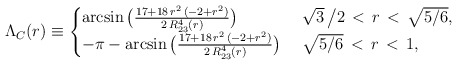
\begin{align*}\Lambda_C(r)\equiv\begin{cases} \arcsin\big(\frac{17 + 18\, r^2\, (-2 + r^2)}{2\, R_{23}^4(r)}\big)\ & \sqrt{3}\,\big/2\,<\, r\, <\, \sqrt{5/6},\\ -\pi - \arcsin\big(\frac{17 + 18\, r^2\, (-2 + r^2)}{2\, R_{23}^4(r)}\big)\ & \sqrt{5/6}\,<\,r\,<\,1,\\ \end{cases}\end{align*}